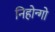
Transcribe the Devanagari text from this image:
निहोन्गो